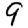
Digit: 9